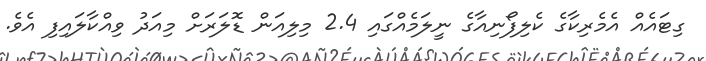
ގިޓައެއް އެމެރިކާގެ ކެލިފޯނިއާގެ ނީލަމެއްގައި 2.4 މިލިއަން ޑޮލަރަށް މިއަދު ވިއްކާލައިފި އެވެ.